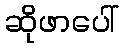
ဆိုဖာပေါ်